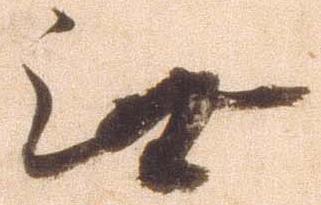
無